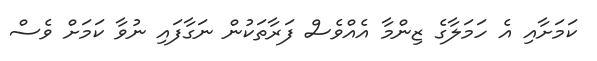
ކަމަށާއި އެ ހަމަލާގެ ޒިންމާ އެއްވެސް ފަރާތަކުން ނަގާފައި ނުވާ ކަމަށް ވެސް